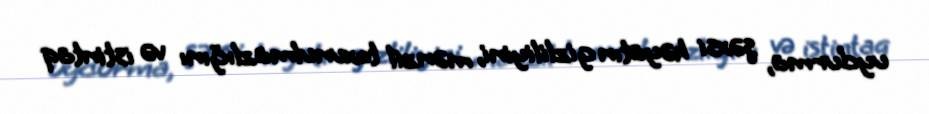
uydurma, şəxsi həyatın gizliliyini, mənzil toxunulmazlığını və istintaq